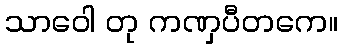
သာဝေါ တု ကဏှပီတကေ။